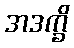
အဒက္ခိ